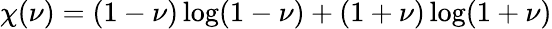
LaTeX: \chi(\nu)=(1-\nu)\log({1-\nu})+(1+\nu)\log({1+\nu})